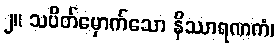
၂။ သပိတ်မှောက်သော နိဿာရဏကံ၊